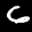
Label: 6